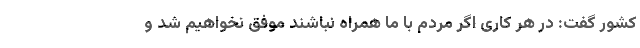
کشور گفت: در هر کاری اگر مردم با ما همراه نباشند موفق نخواهیم شد و